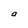
Character: a